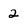
Character: 2